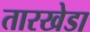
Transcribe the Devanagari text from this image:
तारखेडा